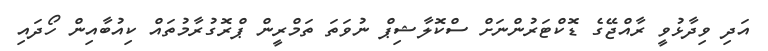
އަދި ވިދާޅުވީ ރާއްޖޭގެ ޑޮކްޓަރުންނަށް ސްކޮލާޝިޕް ނުވަތަ ތަމްރީން ޕްރޮގުރާމުތައް ކިއުބާއިން ހޯދައި